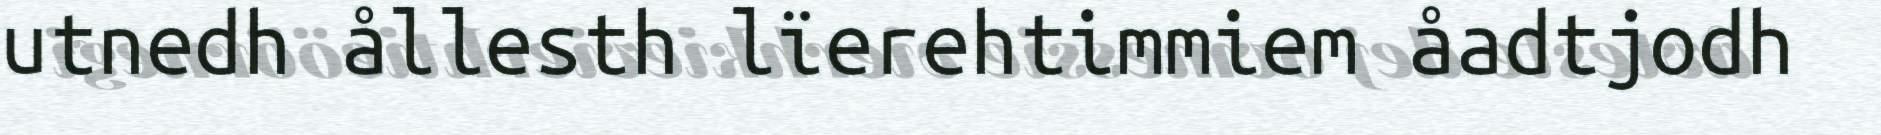
utnedh ållesth lïerehtimmiem åadtjodh